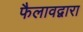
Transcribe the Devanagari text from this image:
फैलावद्वारा